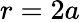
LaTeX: r=2a